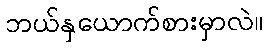
ဘယ်နှယောက်စားမှာလဲ။